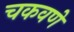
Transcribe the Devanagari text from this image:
चकवणे